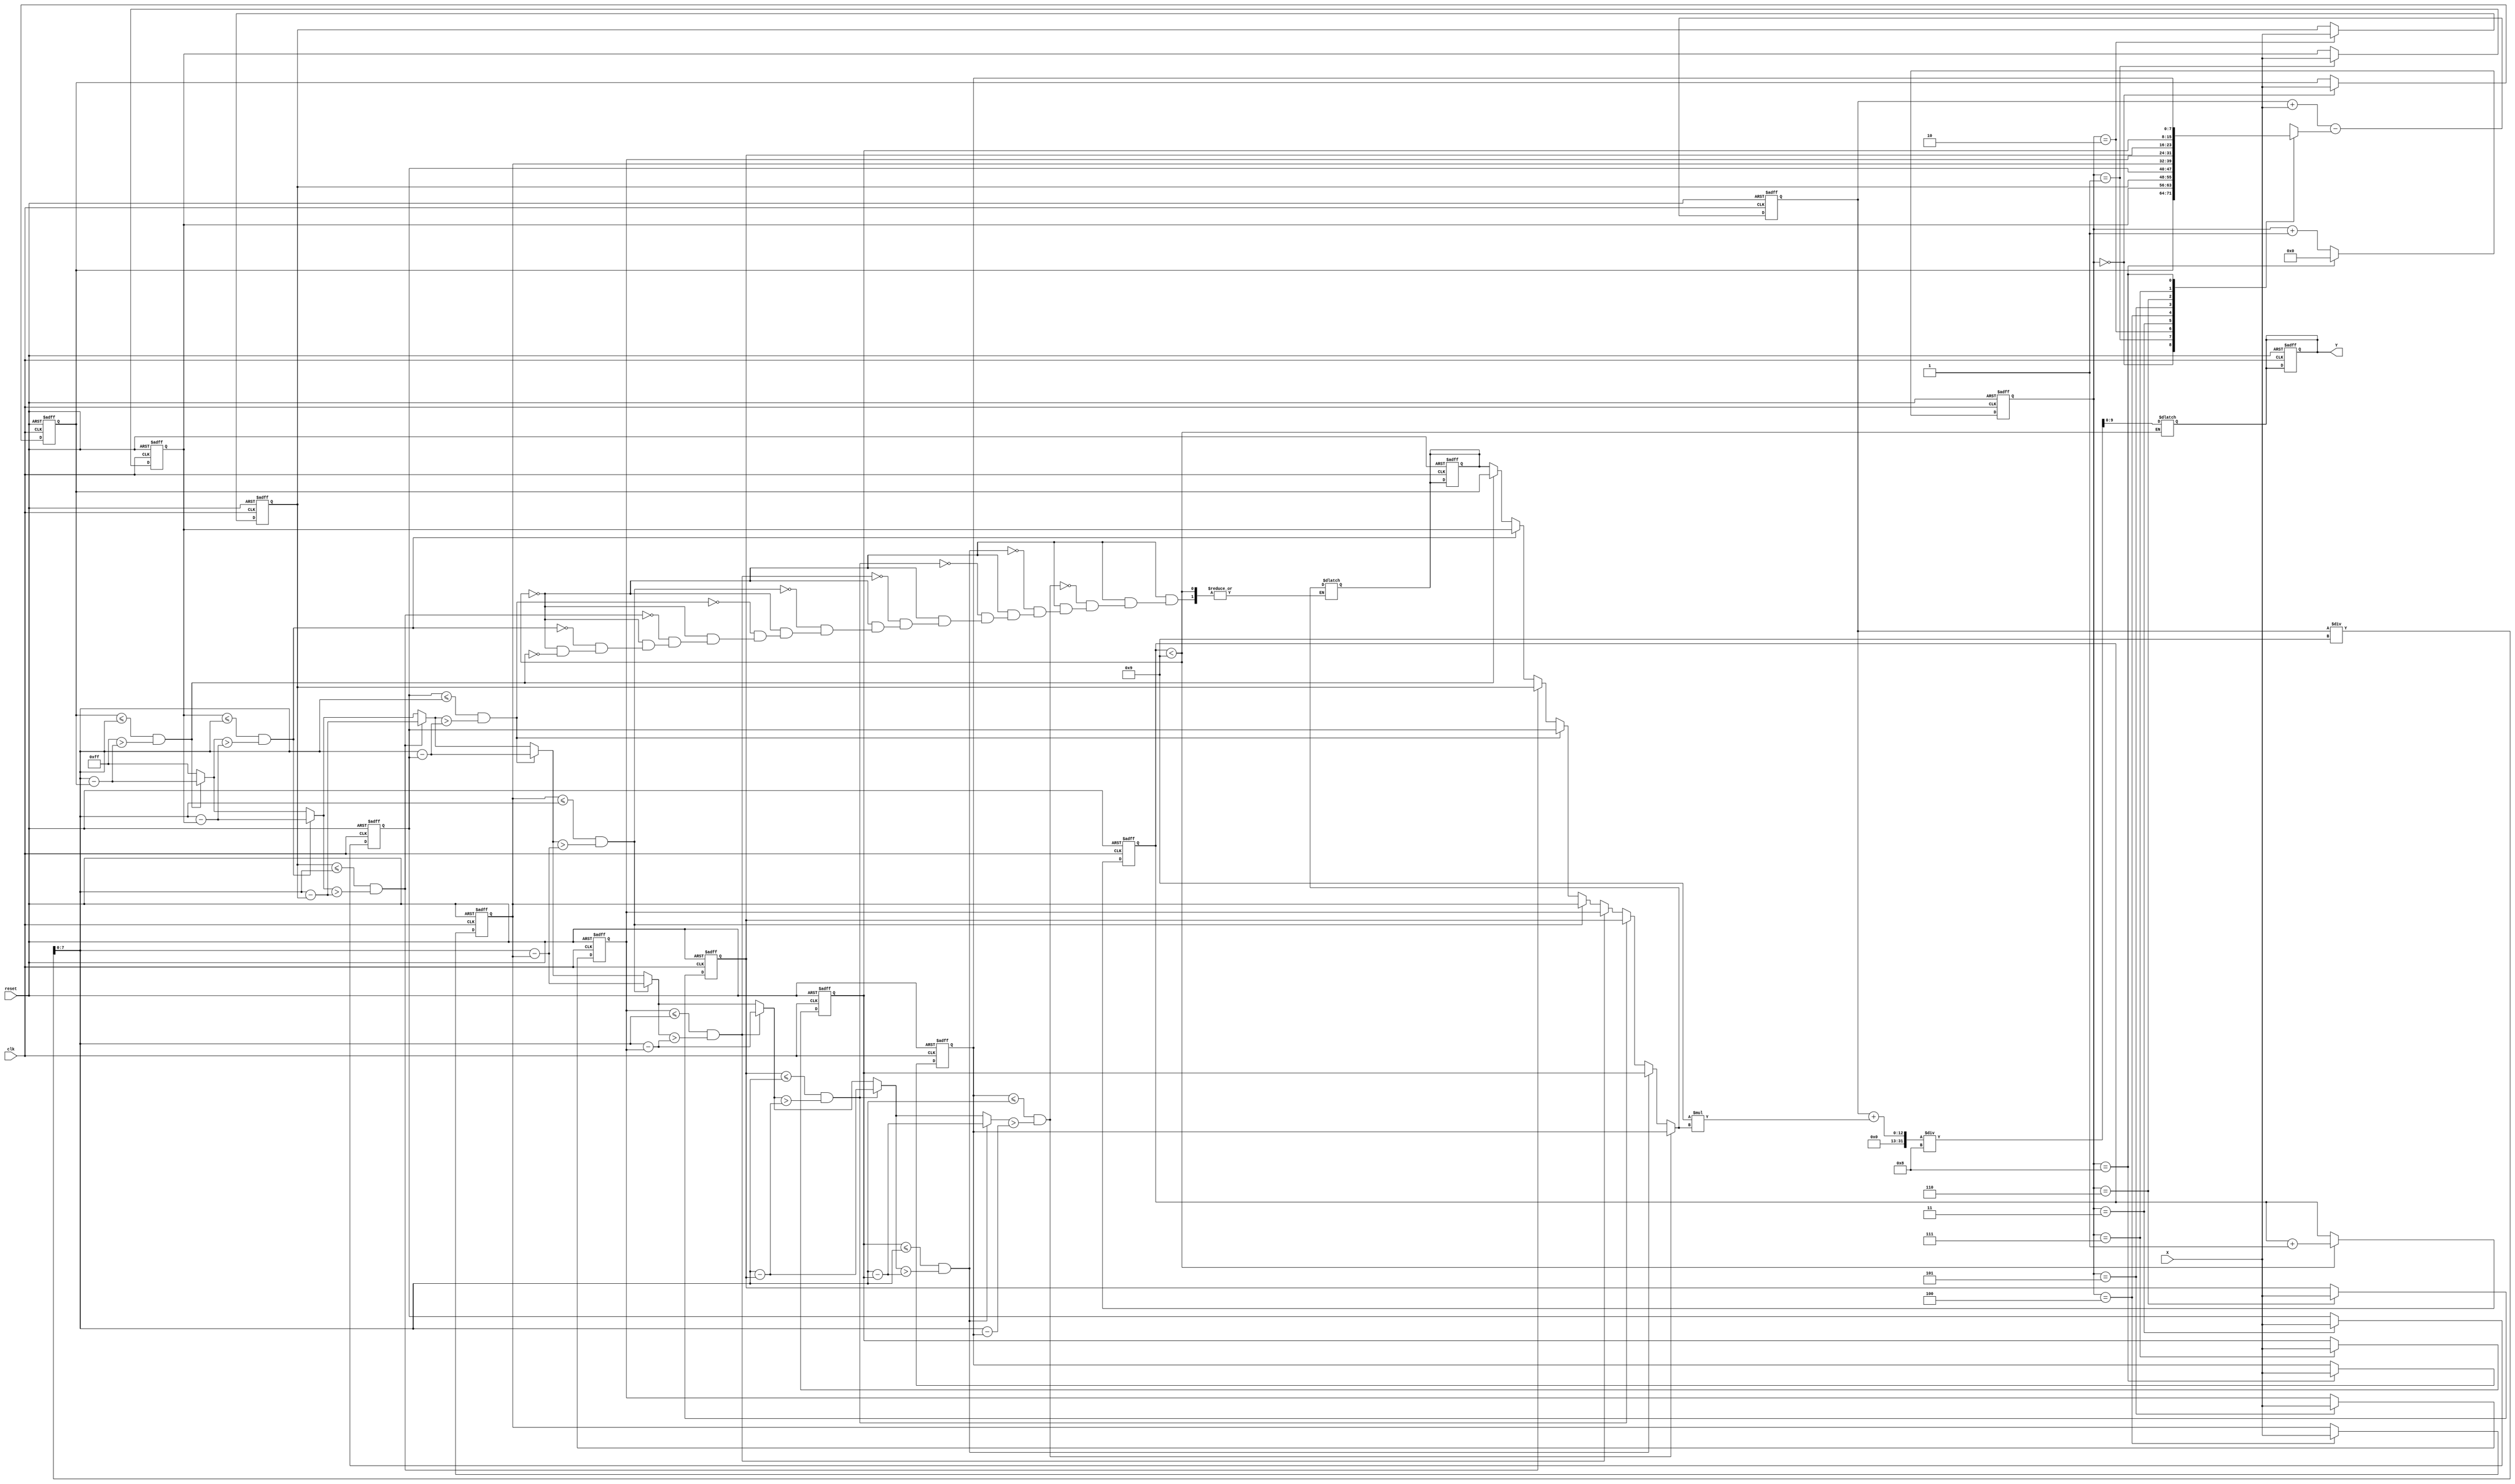
`timescale 1ns/10ps
module CS(Y, X, reset, clk);

  input clk, reset; 
  input[7:0] X;
  output reg[9:0] Y;
  
  reg[7:0] XS[8:0];
  reg[10:0] sum;
  reg[7:0] X_avg;
  reg[7:0] X_app;
  reg[7:0] min;
  reg[3:0] n;
  reg[3:0] j;
  integer  i;

  always@(sum)
  begin

      if(n < 9)
      begin
        sum = sum;
      end
      else
      begin
        X_avg = (sum)/9;
        min = 8'b11111111;

        for(i = 0; i < 9; i = i + 1)
        begin
            if(XS[i] <= X_avg && min > (X_avg - XS[i]))
            begin
              min = X_avg - XS[i];
              X_app = XS[i];
            end
        end
          Y = (sum + 9*X_app)/8;
    
        end
  end

  always@(negedge clk, posedge reset)
  begin
      if(reset)
      begin
        XS[0] <= 0; XS[1] <= 0; XS[2] <= 0; XS[3] <= 0; XS[4] <= 0;
        XS[5] <= 0; XS[6] <= 0; XS[7] <= 0; XS[8] <= 0;
        sum <= 0;
        Y <= 0;
        X_avg <= 0;
        X_app <= 0;
        j <= 0;
        n <= 0;
      end
      else
      begin
        
        XS[j] <= X;
        sum <= sum + X - XS[j];
        if(j == 4'd8)
          j <= 0;
        else 
          j <= j + 4'd1;
        
        if(n < 9)
          n <= n + 1;
          
        
      end
  end

endmodule